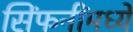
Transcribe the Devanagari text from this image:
सिंफनींमध्ये